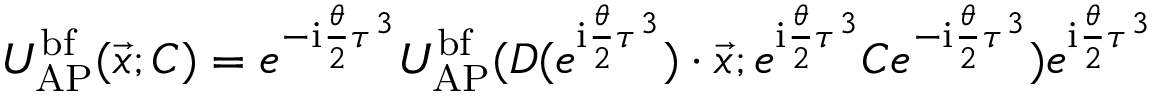
U _ { \mathrm { A P } } ^ { \mathrm { b f } } ( \vec { x } ; C ) = e ^ { - \mathrm { i } { \frac { \theta } { 2 } } \tau ^ { 3 } } U _ { \mathrm { A P } } ^ { \mathrm { b f } } ( D ( e ^ { \mathrm { i } { \frac { \theta } { 2 } } \tau ^ { 3 } } ) \cdot \vec { x } ; e ^ { \mathrm { i } { \frac { \theta } { 2 } } \tau ^ { 3 } } C e ^ { - \mathrm { i } { \frac { \theta } { 2 } } \tau ^ { 3 } } ) e ^ { \mathrm { i } { \frac { \theta } { 2 } } \tau ^ { 3 } }